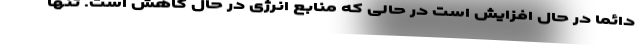
دائما در حال افزایش است در حالی که منابع انرژی در حال کاهش است. تنها